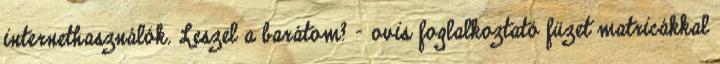
internethasználók. Leszel a barátom? - ovis foglalkoztató füzet matricákkal